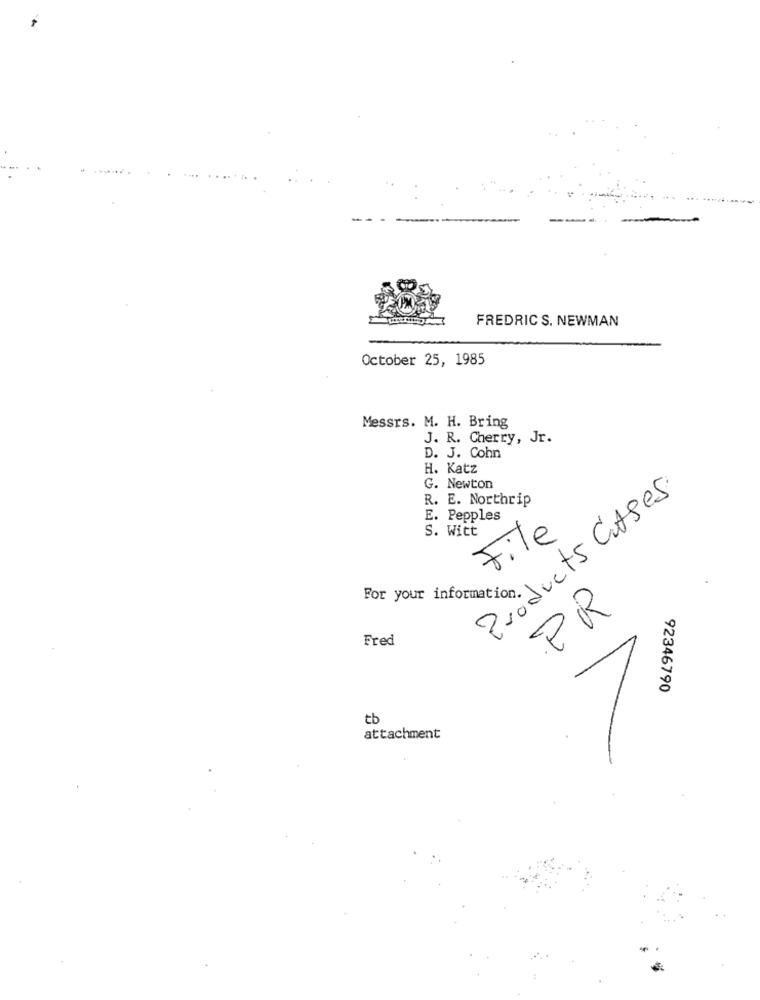
FREDRIC S. NEWMAN
October 25, 1985
Messrs. M. H. Bring
J. R. Cherry, Jr.
D. J. Cohn
H. Katz
G. Newton
Products Cutses
R. E. Northrip
E. Pepples
S. Witt
File
For your information.
PR
Fred
92346790
tb
attachment